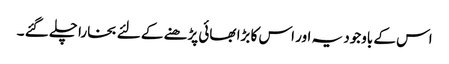
اس کے باوجود یہ اور اس کا بڑا بھائی پڑھنے کے لئے بخارا چلے گئے ۔